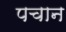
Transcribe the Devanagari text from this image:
पचान